Indian journal of veterinary science and animal husbandry - Volume 4,
Year: 1934
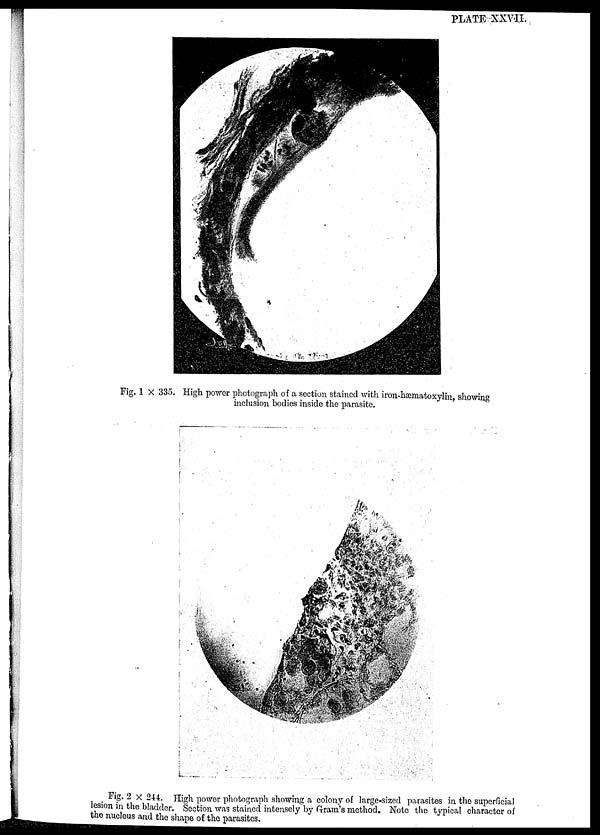
PLATE XXVII.
Fig. 1 × 335. High power photograph of a section stained with iron-hæmatoxylin, showing
inclusion bodies inside the parasite.
Fig. 2 × 244. High power photograph showing a colony of large-sized parasites in the superficial
lesion in the bladder. Section was stained intensely by Gram's method. Note the typical character of
the nucleus and the shape of the parasites.